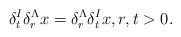
LaTeX: \begin{align*}\delta_{t}^I \delta_{r}^{\Lambda} x = \delta_{r}^{\Lambda} \delta_{t}^I x, r, t > 0.\end{align*}